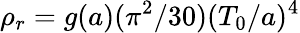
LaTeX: \rho_{r}=g(a)(\pi^{2}/30)(T_{0}/a)^{4}